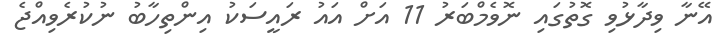
އޭނާ ވިދާޅުވި ގޮތުގައި ނޮވެމްބަރު 11 އަށް އައު ރައީސަކު އިންތިހާބު ނުކުރެވިއްޖެ